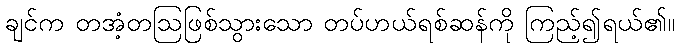
ချင်က တအံ့တဩဖြစ်သွားသော တပ်ဟယ်ရစ်ဆန်ကို ကြည့်၍ရယ်၏။